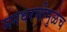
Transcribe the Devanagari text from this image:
मनधरणीमुळेच